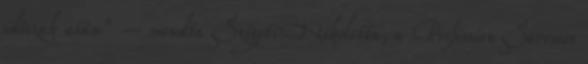
időszak után” – mondta Szigeti Nikoletta, a Profession Services